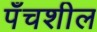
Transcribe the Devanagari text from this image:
पँचशील